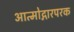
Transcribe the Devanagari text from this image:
आत्मोद्गारपरक